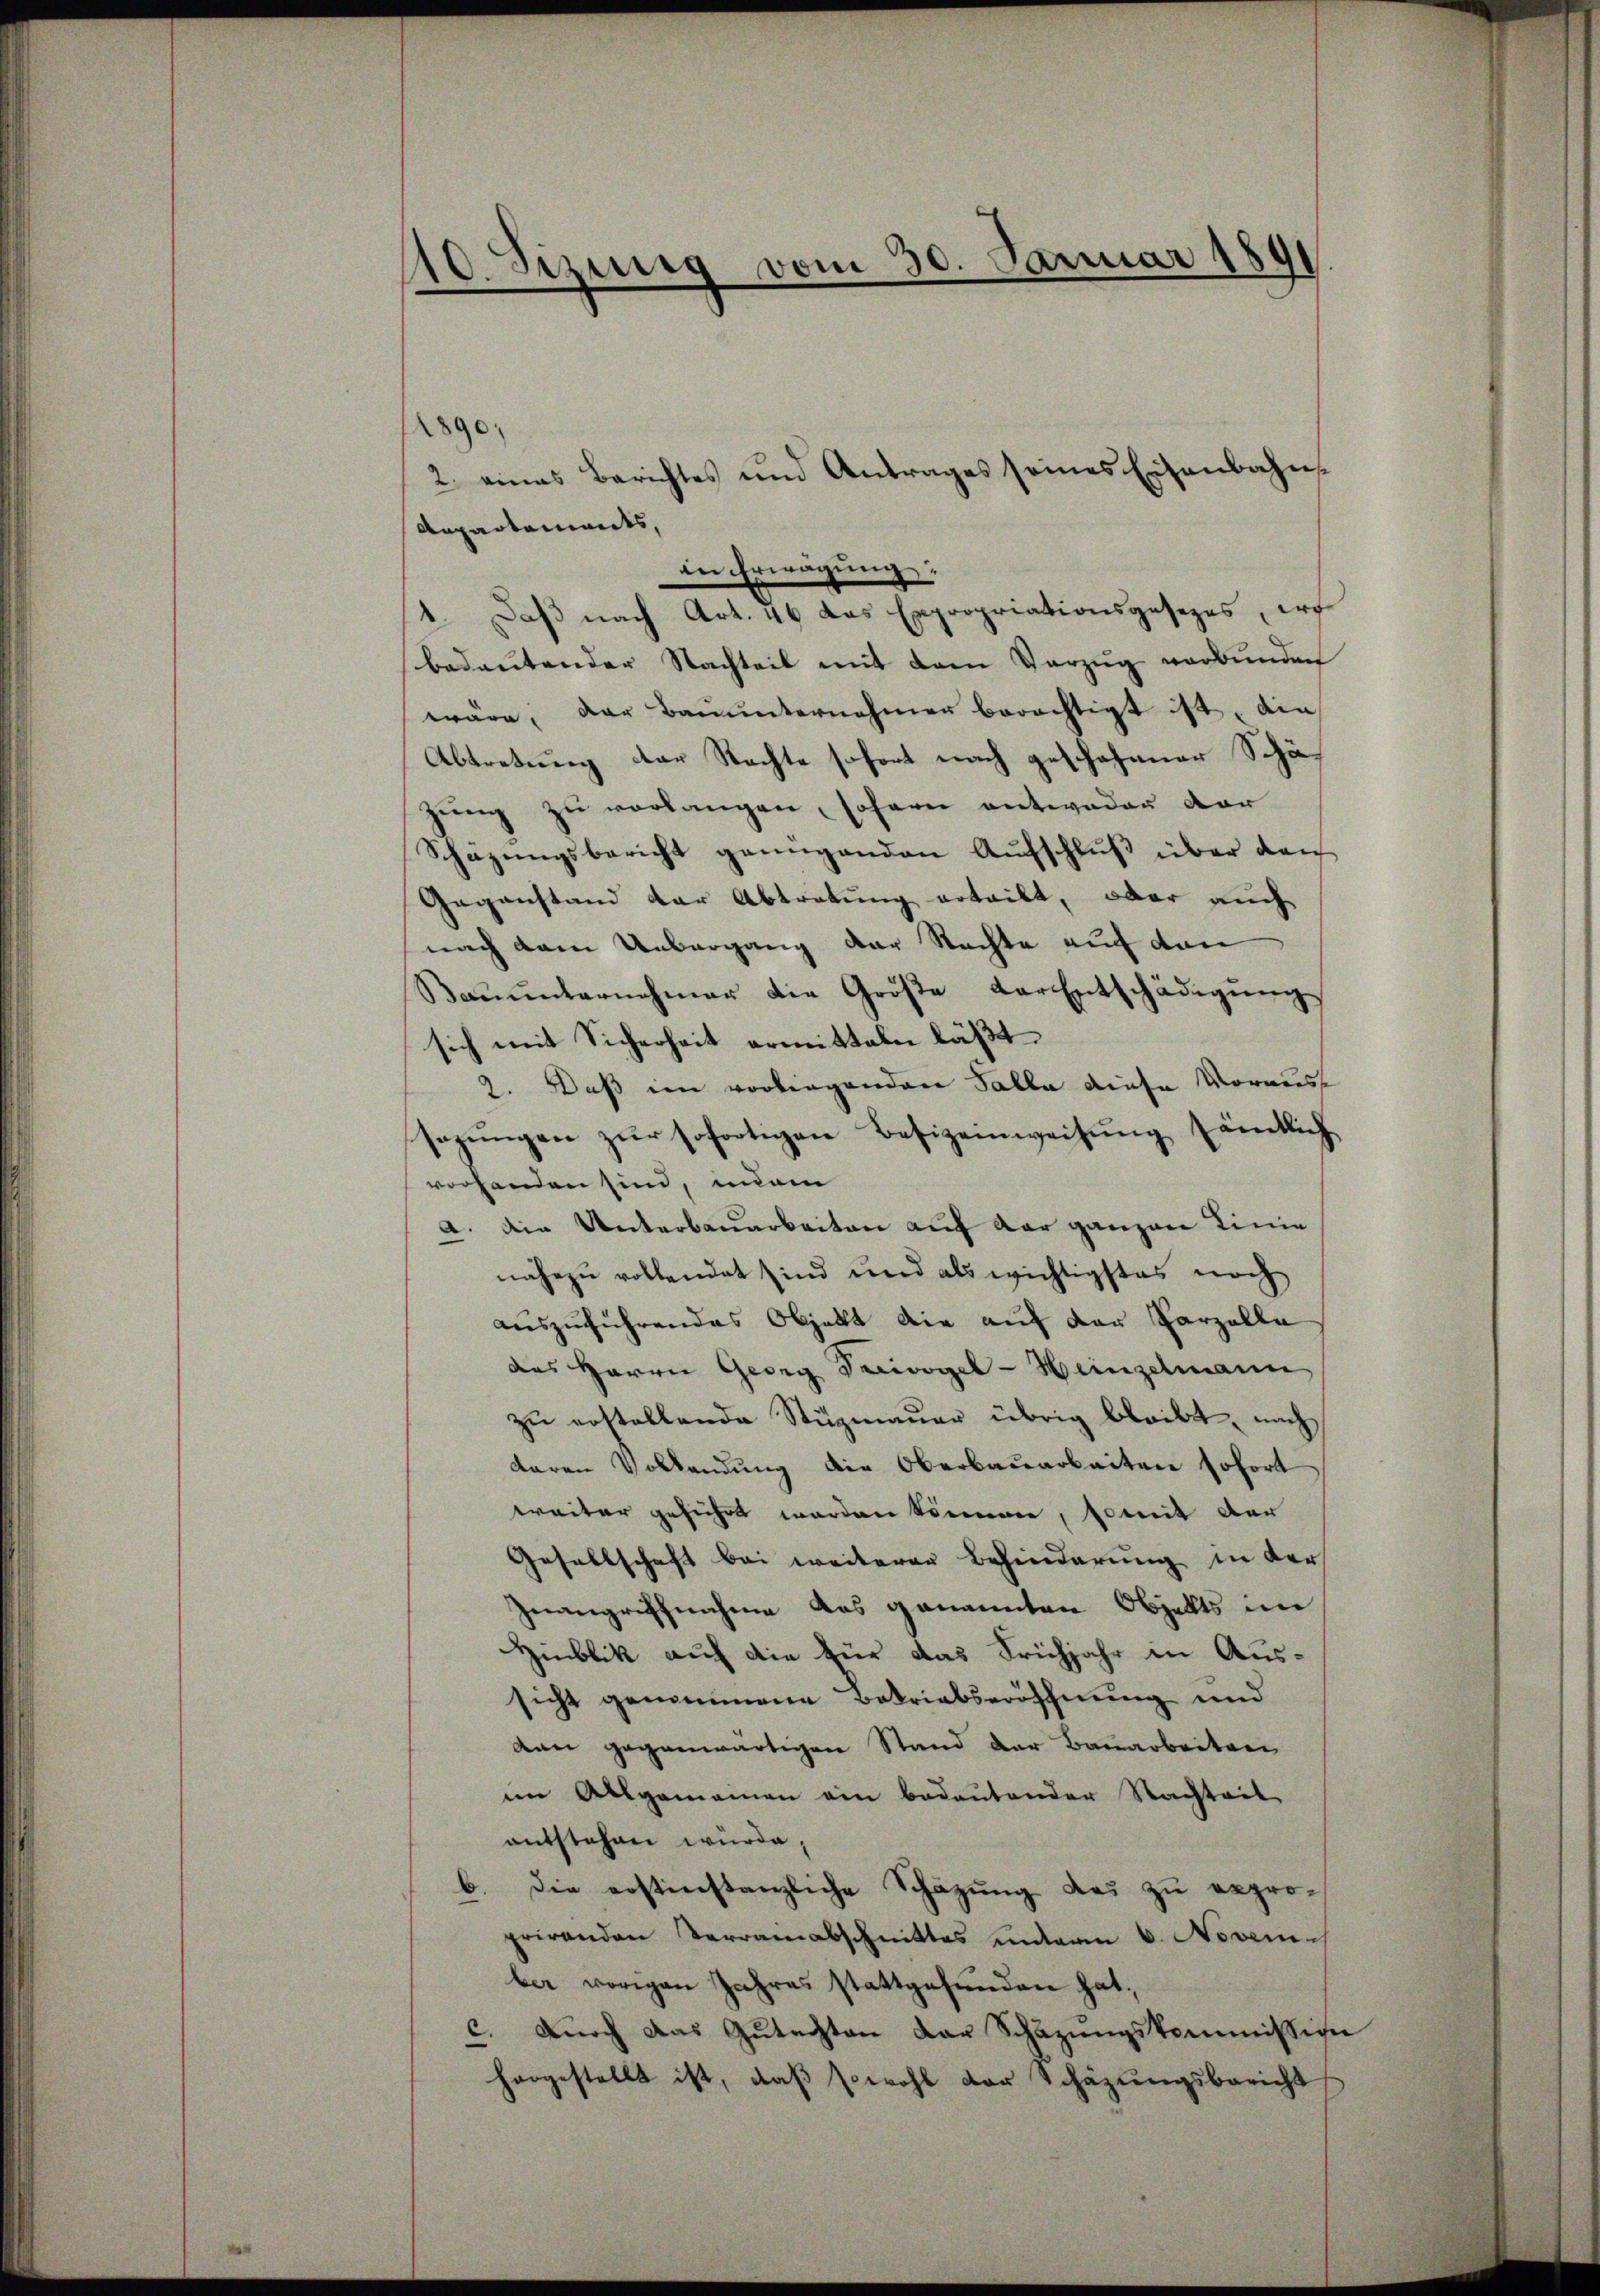
10. Sizinnig vom 30. Januar 1891
e

8
2. eines Berichtes und Antrages seines Eisenbahn¬
Arpartements,
in Erwägung:
1. Daß nach Art. 46 das Expropriationsgesezes, irg
bedeutender Nachteil mit dem Vorzug verbunden
wäre, der Baŭŭnternehmer berechtigt ist, die
Abtretung der Nachte sofort nach geschehener Schäzŭng zu verlangen, sofern antweder dar
Schazungsbericht genügenden Aufschluß über den
Gegenstand der Abtretung erteilt, aber auch
nach dem Uebergang der Rechte auf den
Bauunternehmer die Größe Carentschädigung
sich mit Sicherheit ermitteln läßt.
2. Daß im vorliegenden Talla diese Vorauss
sazungen zur sofortigen Besizeinweisung sämtlich
vorhanden sind, unan
a. Die Unterbauarbeiten auf der ganzen Linie
nahezu vollendet sind und als wichtigstes noch
auszuführendes Objekt die auf der Parzelle
des Herrn Georg Pecivogel-Heinzelmann
zŭ erstellende Stüzmauer übrig bleibt, nach
daren Volkendung die Oberbauarbeiten sofort
weiter geführt worden können, somit der
Gesellschaft bei weiterer Behinderung in der
Inangriffnahme das genannten Objekts im
Hinblik auf die für das Frühjahr in Aussicht genommene Betriebseröffnung und
dan gegenwärtigen Stand der Bauarbeitrei
im Allgemeinen ein bedeutender Nachteil
entstehen würde,
b. Die erstinstanzliche Schazung das zu exproprirenden Terrainabschnittes unterm 6. Novem
ber vorigen Jahres stattgefunden hat,
c. Durch das Gutachten der Schazungskommission
horgestellt ist, daβ sowohl der Schäzŭngsbericht